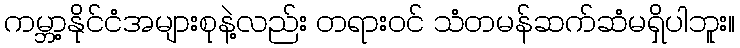
ကမ္ဘာ့နိုင်ငံအများစုနဲ့လည်း တရားဝင် သံတမန်ဆက်ဆံမရှိပါဘူး။